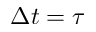
\Delta t = \tau